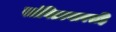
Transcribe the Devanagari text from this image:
सांगितल्यावरहि